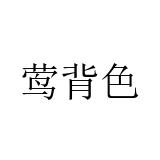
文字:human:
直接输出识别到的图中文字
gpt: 莺背色